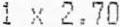
1 X 2.70